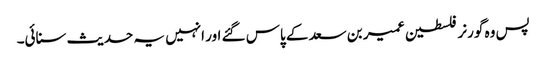
پس وہ گورنر فلسطین عمیر بن سعد کے پاس گئے اور انہیں یہ حدیث سنائی۔